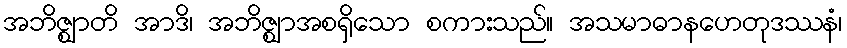
အဘိဇ္ဈာတိ အာဒိ၊ အဘိဇ္ဈာအစရှိသော စကားသည်။ အသမာဓာနဟေတုဒဿနံ၊